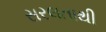
સરલતાથી